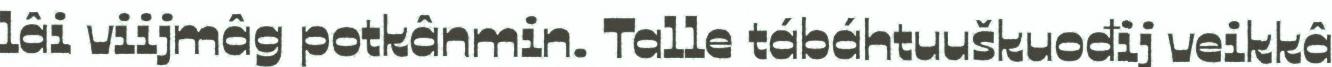
lâi viijmâg potkânmin. Talle tábáhtuuškuođij veikkâ